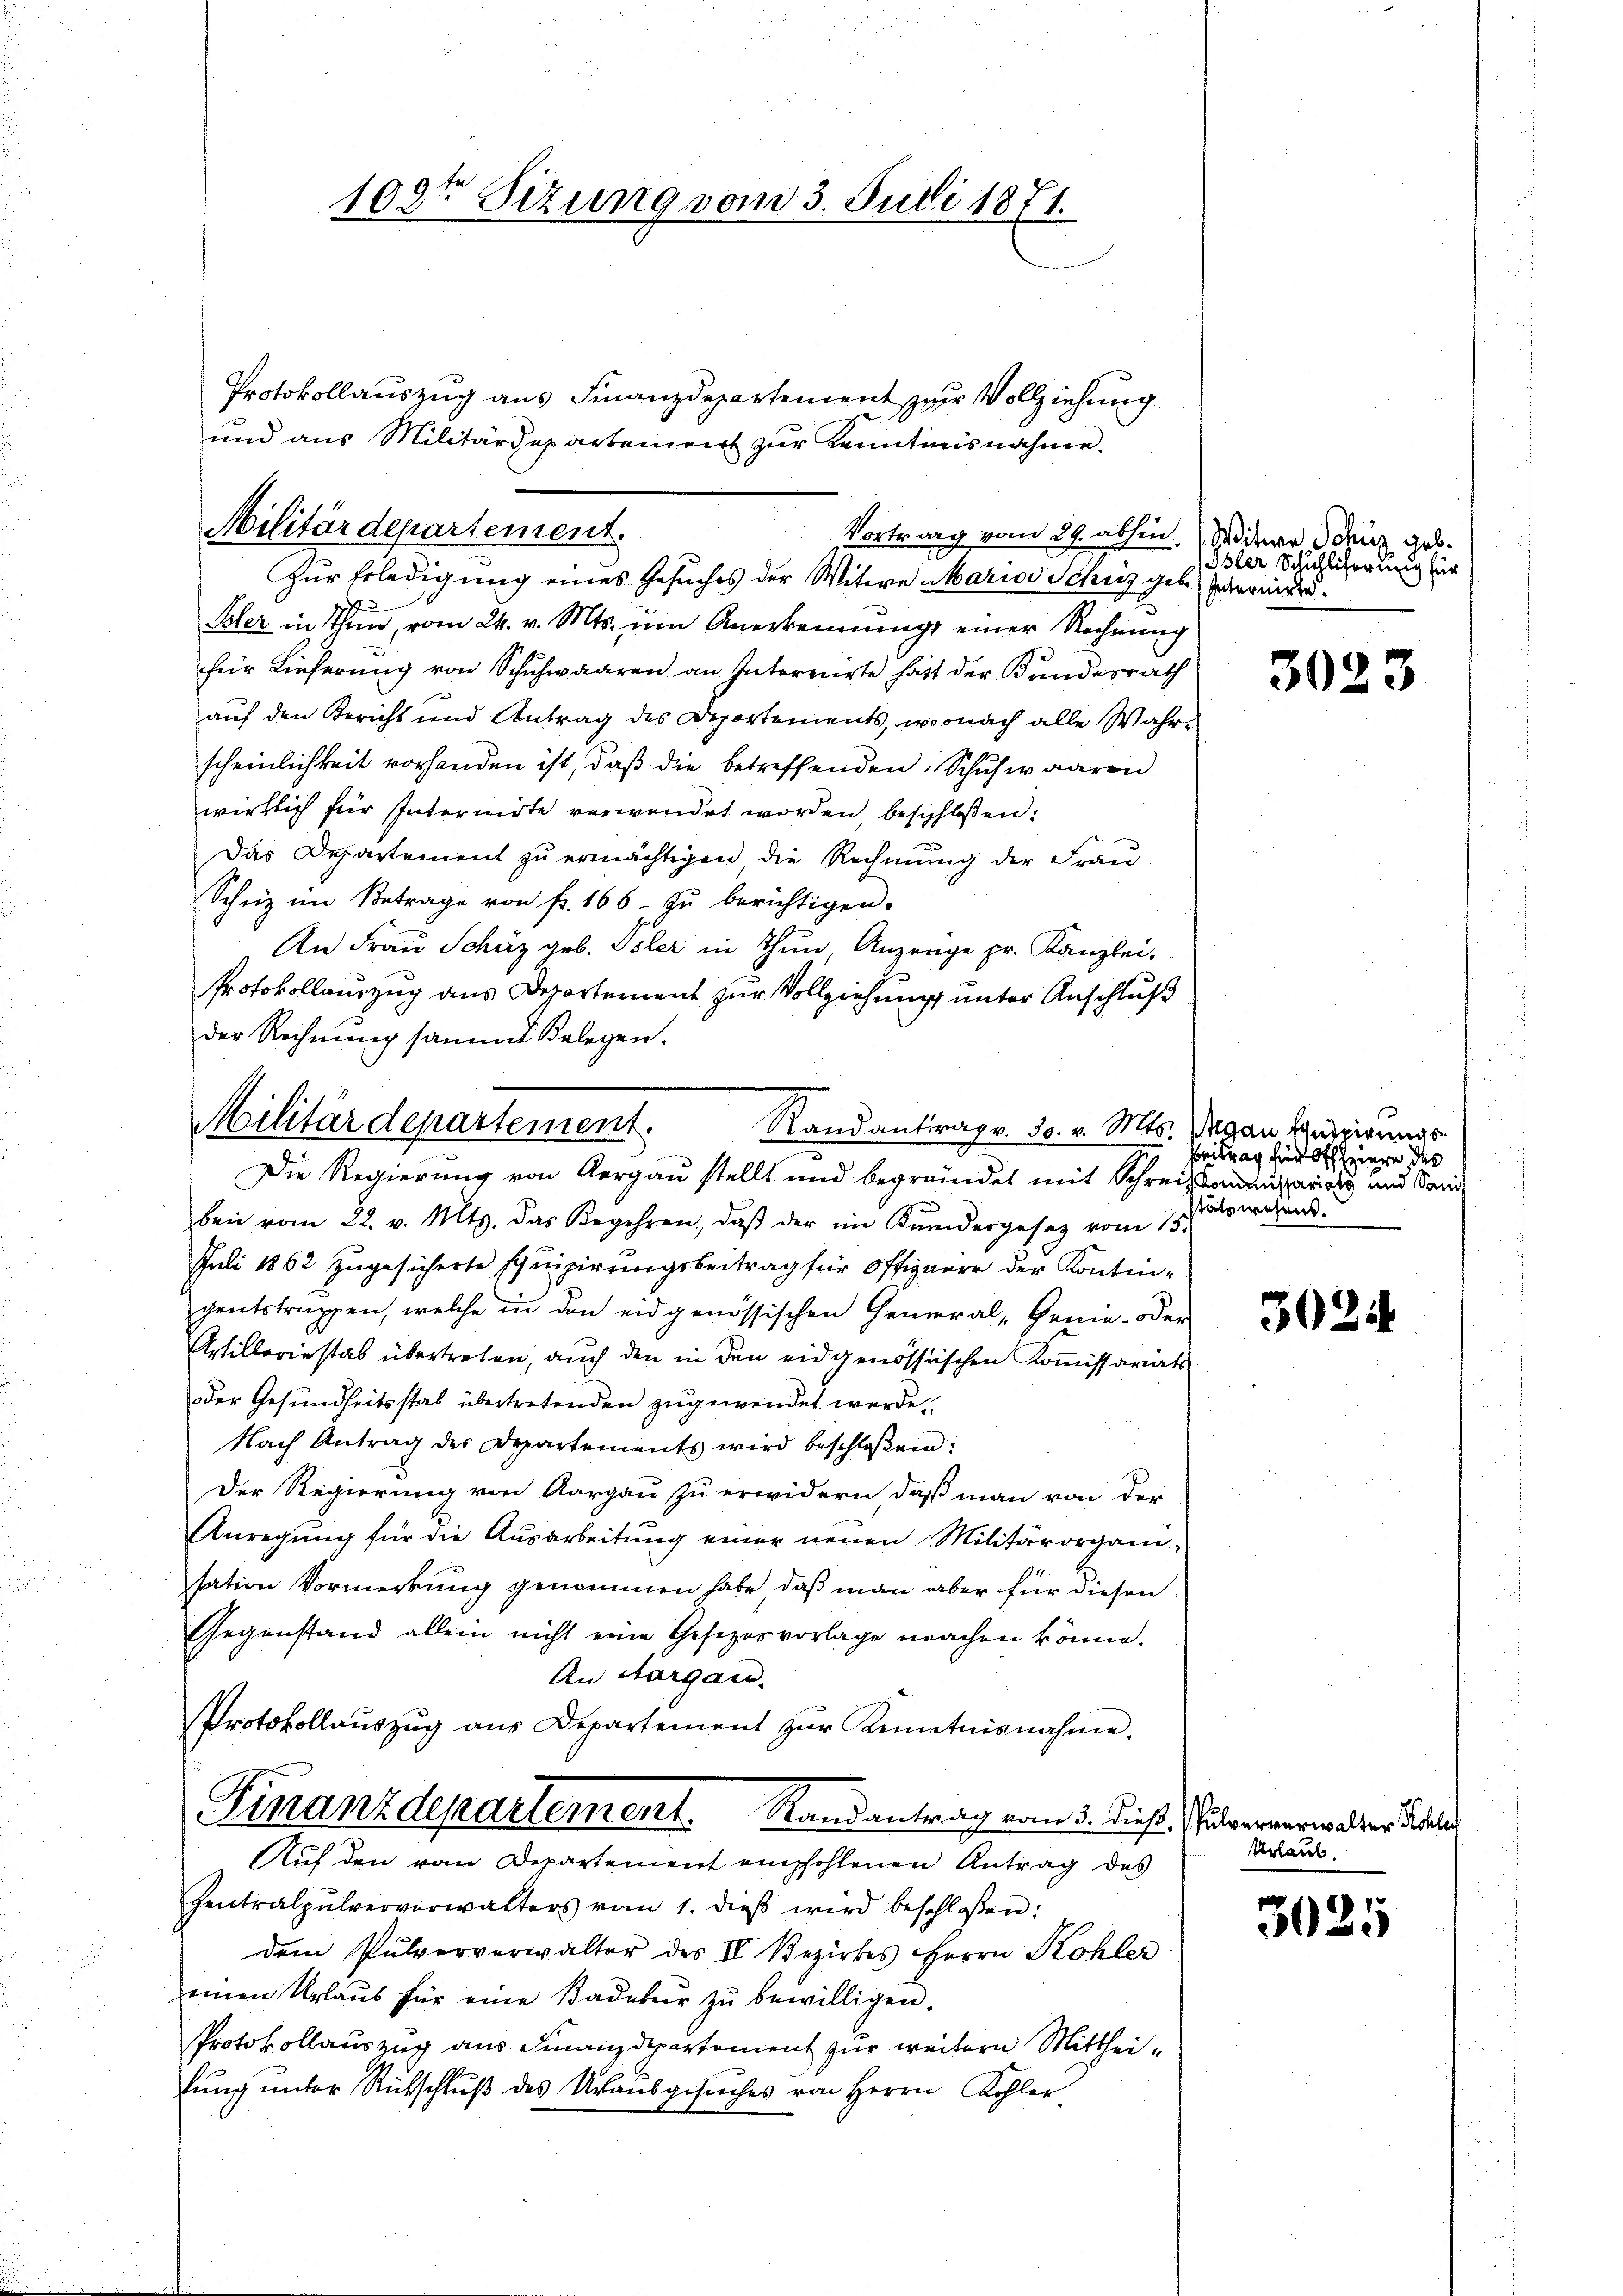
108te Sizung vom 3. Juli 1871.

Militärdepartement.
Zur Erledigung eines Gesuches der Witwe Marias Schutz geb.

Vortrag vom 29. abhin.

Militärdepartement.
Randantrag v. 30. v. Mts.
c

Protokollauszug aus Finanzdepartement zur Vollziehung
und aus Militärdepartement zur Kenntnisnahme.
Isler in Thun, vom 24. v. Mts. um Anerkennung einer Rechnung
für Lieferung von Schuhwaaren an Interrirte hatt der Bundesrath
auf den Bericht und Antrag des Departements, wonach alle Wahrscheinlichkeit vorhanden ist, daß die betreffenden Schuhwaaren
wirklich für Internirte verwendet worden, beschloßen:
Das Departement zu ermächtigen die Rechnung der Frau-
Schüz im Betrage von fr. 166. zŭ berichtigen.
An Frau Schüz geb. Isler in Thun Anzeuge pr. Kanzlei-
Protokollauszug aus Departement zur Vollziehung unter Anschluß
der Rechnung sammt Belegen.
Die Regierung von Aargau stellt und begründet mit Schreizsomitariats und Sand
bei vom 22. v. Mts. das Begehren, daβ der im Kŭndergesetz vom 15.
Juli 1862 zugesicherte Equipirungsbeitrag für Offignare der Kontingentstruppen, welche in den eidgenössischen General- Genie- oder
Astilleriestab übertreten, auch den in den eidgenössischen Kommissariats
dder Gesundheitsstab übertretenden zugewendet werde.
Nach Antrag des Departements wird beschloßen:
Der Regierung von Aargau zu erwidern, daß man von der
Anregŭng für die Ausarbeitŭng einer neuen Militärorgani
sation Vormerkung genommen habe, daß man aber für diesen
Gegenstand allein nicht eine Gesezesvorlage machen könne.
An Aargau.
Protokollaŭszŭg ans Departement zŭr Kenntnisnahme.
Finanzdepartement. Randantrag vom 3. dieß.
Auf den von Departement empfohlenen Antrag des
Zentralpulververwalters vom 1. dieβ wird beschloßen:
dem Pulververwalter des II. Bezirkes Herrn Kohler
einen Urlaŭs für eine Kadekŭr zŭ bewilligen.
Protokollauszug aus Finanzdepartement zur weitern Mittheilung unter Rückschluß des Urausgesuches von Herrn Kohler

Witwe Schuz geb.
Isler Schuhliferung für
Internirte.

pulvere
Urla

3023

Agan Equipirungs¬
Beitrag für Offiziere des
stätswesens.

3024

3025

walter Kohlen
ub.